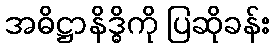
အဓိဋ္ဌာနိဒ္ဓိကို ပြဆိုခန်း